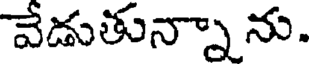
వేడుతున్నా ను.